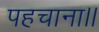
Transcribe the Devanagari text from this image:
पहचाना।।